Lunatic asylums United Provinces 1899-1908 - 1899-1908
Year: 1899
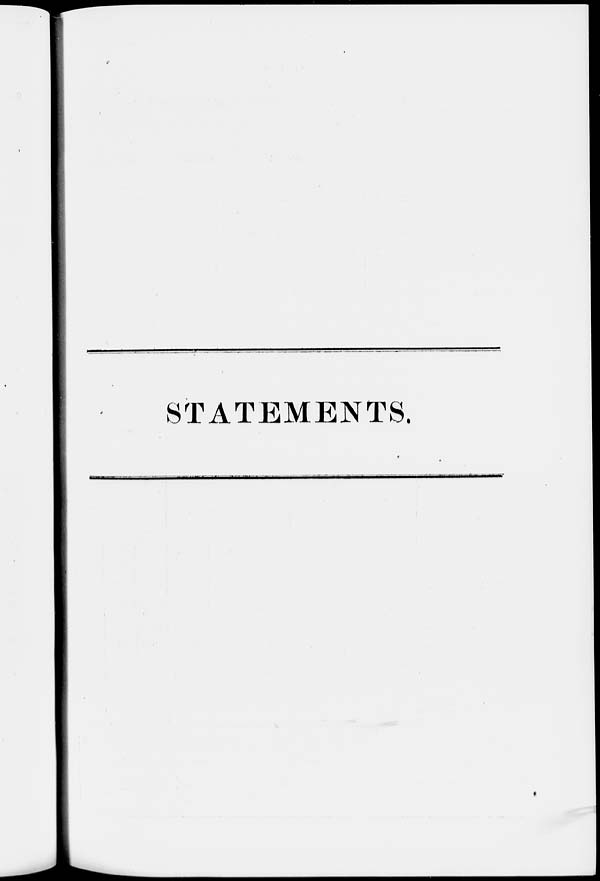
STATEMENTS.